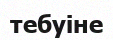
тебуіне